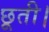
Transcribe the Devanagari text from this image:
छूती।